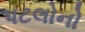
પટલોનો